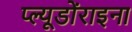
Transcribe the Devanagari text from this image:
प्ल्यूडोंराइना